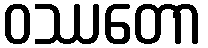
ဝဿတော